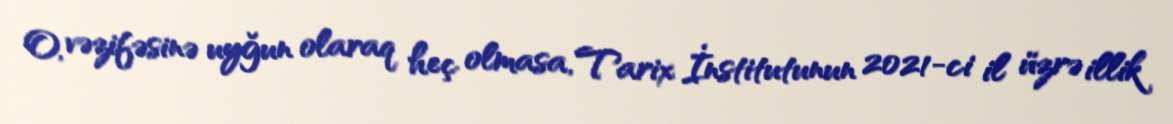
O, vəzifəsinə uyğun olaraq heç olmasa, Tarix İnstitutunun 2021-ci il üzrə illik